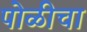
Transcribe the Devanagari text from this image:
पोळीचा